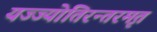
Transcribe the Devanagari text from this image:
यज्ज्योतिरन्तरमृतं